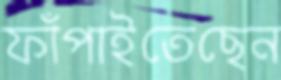
ফাঁপাইতেছেন